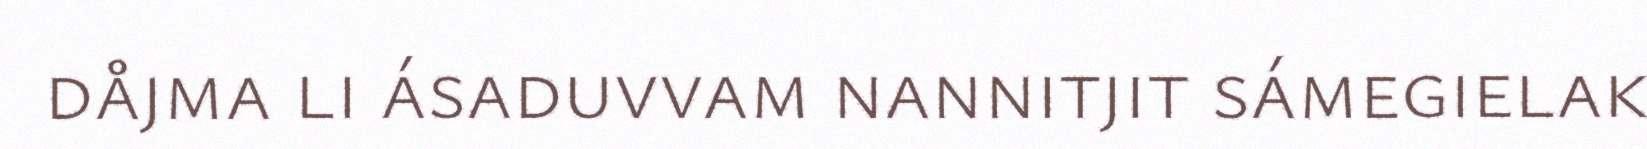
dåjma li ásaduvvam nannitjit sámegielak